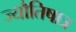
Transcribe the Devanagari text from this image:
ज्यौतिषात्र